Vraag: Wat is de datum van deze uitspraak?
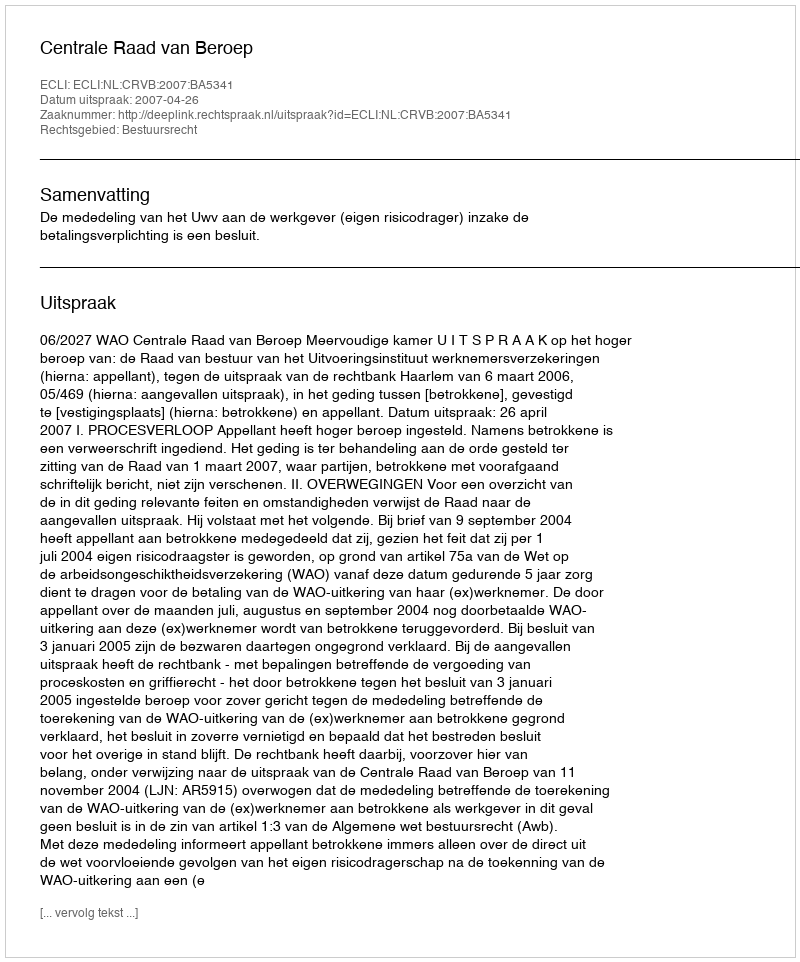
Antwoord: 2007-04-26